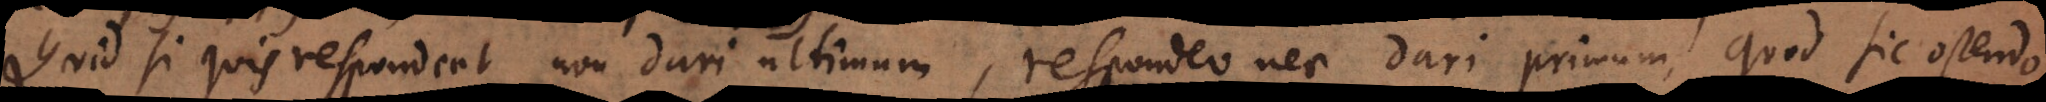
Quid si quis respondeat non dari ultimum, respondeo nec dari primum, quod sic ostendo.